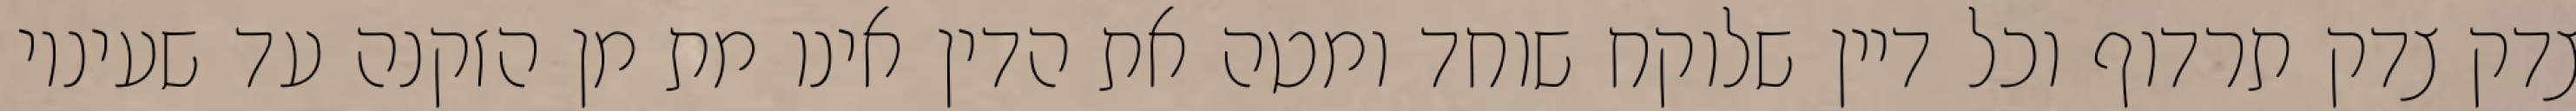
צדק צדק תרדוף וכל דיין שלוקח שוחד ומטה את הדין אינו מת מן הזקנה עד שעיניו